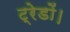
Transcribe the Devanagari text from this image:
ट्रेडों।